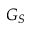
G _ { S }